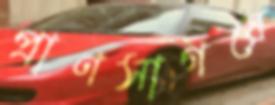
প্রাণসাগরে